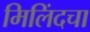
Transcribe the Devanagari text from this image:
मिलिंदचा